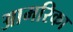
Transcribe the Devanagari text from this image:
आमरिका